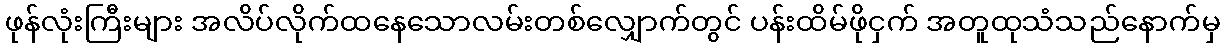
ဖုန်လုံးကြီးများ အလိပ်လိုက်ထနေသောလမ်းတစ်လျှောက်တွင် ပန်းထိမ်ဖိုငှက် အတူထုသံသည်နောက်မှ